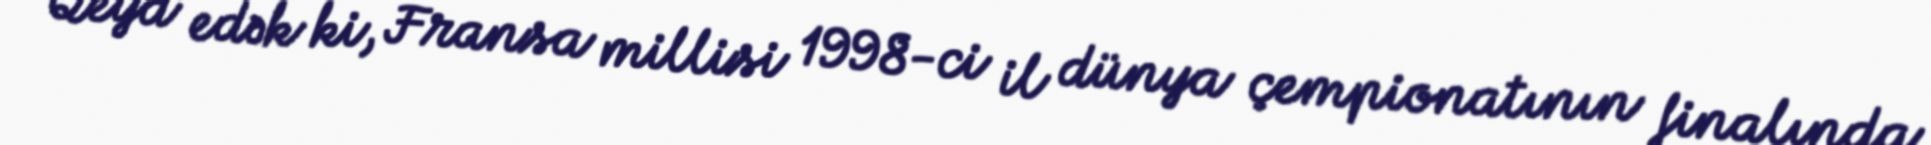
Qeyd edək ki, Fransa millisi 1998-ci il dünya çempionatının finalında